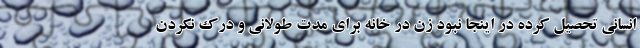
انسانی تحصیل کرده در اینجا نبود زن در خانه برای مدت طولانی و درک نکردن